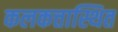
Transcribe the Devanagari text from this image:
कलकत्तास्थित